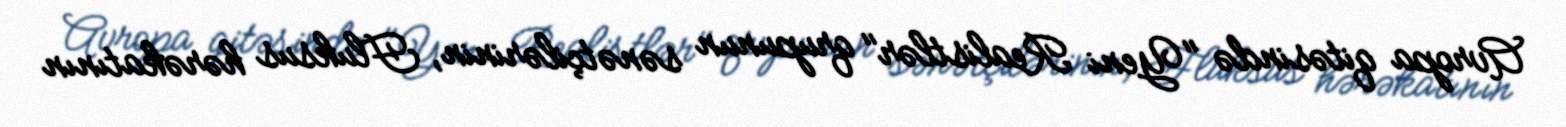
Avropa qitəsində "Yeni Realistlər" qrupunun sənətçilərinin, Fluksus hərəkatının